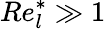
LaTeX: Re_{l}^{*}\gg 1